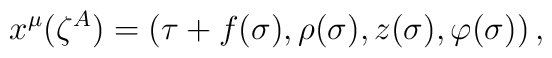
x^{\mu} (\zeta^{A}) = (\tau + f(\sigma), \rho(\sigma), z(\sigma),\varphi(\sigma)) \, ,